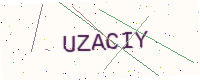
Text: UZACIY